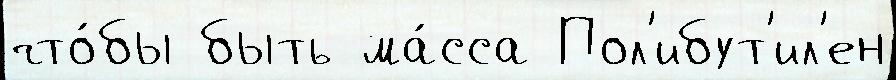
что́бы быть ма́сса Пол'ибут'ил'ен